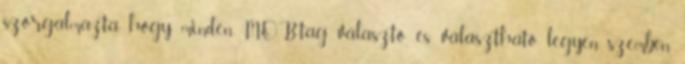
szorgalmazta, hogy minden MOB-tag választó és választható legyen, szemben